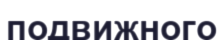
подвижного